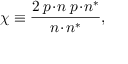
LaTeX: \chi \equiv \frac { 2 \: p \! \cdot \! n \; p \! \cdot \! n ^ { \ast } } { n \! \cdot \! n ^ { \ast } } ,